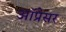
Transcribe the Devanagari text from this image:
ऑप्रेसर